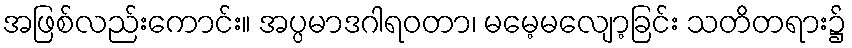
အဖြစ်လည်းကောင်း။ အပ္ပမာဒဂါရဝတာ၊ မမေ့မလျော့ခြင်း သတိတရား၌